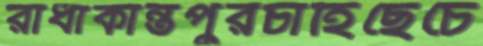
রাধাকান্তপুরচাহিছেচে